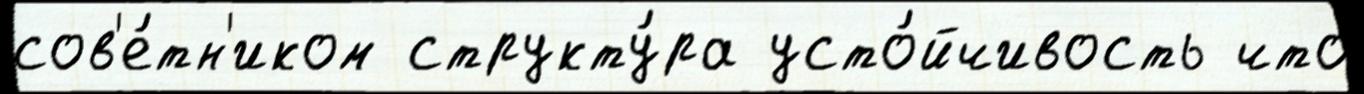
сов'е́тн'иком структу́ра усто́йчивость что